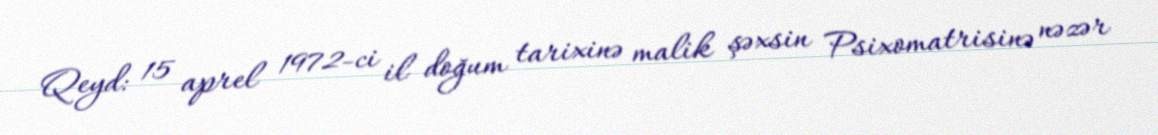
Qeyd: 15 aprel 1972-ci il doğum tarixinə malik şəxsin Psixomatrisinə nəzər